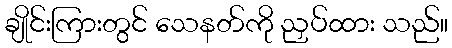
ချိုင်းကြားတွင် သေနတ်ကို ညှပ်ထား သည်။